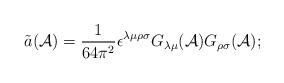
LaTeX: \begin{align*}\tilde{a}({\cal A})=\frac{1}{64\pi^2}\epsilon^{\lambda\mu\rho\sigma}G_{\lambda\mu}({\cal A})G_{\rho\sigma}({\cal A});\end{align*}